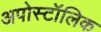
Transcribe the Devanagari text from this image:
अपोस्टॉलिक